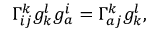
\Gamma _ { i j } ^ { k } g _ { k } ^ { l } g _ { a } ^ { i } = \Gamma _ { a j } ^ { k } g _ { k } ^ { l } ,